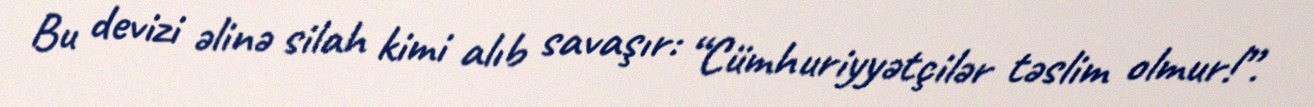
Bu devizi əlinə silah kimi alıb savaşır: “Cümhuriyyətçilər təslim olmur!”.